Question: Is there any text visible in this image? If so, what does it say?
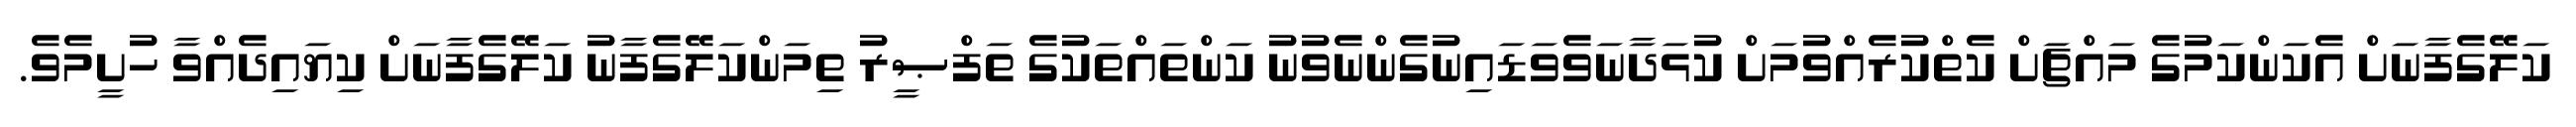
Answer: ކަލޭގެފާނަށް އެކަންކަމުގެ މައްޗަށް ކެތްކުރެއްވުމަށް ކުޅަދާނަވެވަޑައިނުގެންނެވުނު ކަންތައްތަކުގެ ތަފްޞީރު ތިމަންކަލޭގެފާނު ކަލޭގެފާނަށް ކިޔައިދެއްވާ ހުށީމެވެ.